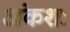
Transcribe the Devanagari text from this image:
अंकशः